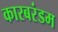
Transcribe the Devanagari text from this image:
कारबरंडम